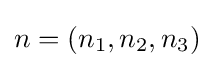
n=\left(n_{1},n_{2},n_{3}\right)